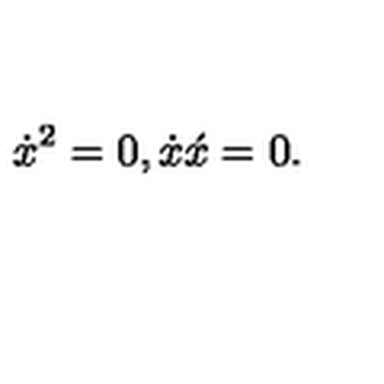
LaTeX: \dot { x } ^ { 2 } = 0 , \dot { x } \acute { x } = 0 .